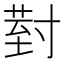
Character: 𭔹